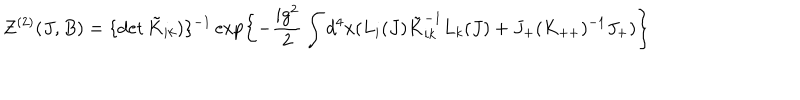
Z ^ { ( 2 ) } ( J , B ) = \{ \det \tilde { K } _ { i k } ) \} ^ { - 1 } \exp \left\{ - \frac { i g ^ { 2 } } { 2 } \int d ^ { 4 } x ( L _ { i } ( J ) \tilde { K } _ { i k } ^ { - 1 } L _ { k } ( J ) + J _ { + } ( K _ { + + } ) ^ { - 1 } J _ { + } ) \right\}